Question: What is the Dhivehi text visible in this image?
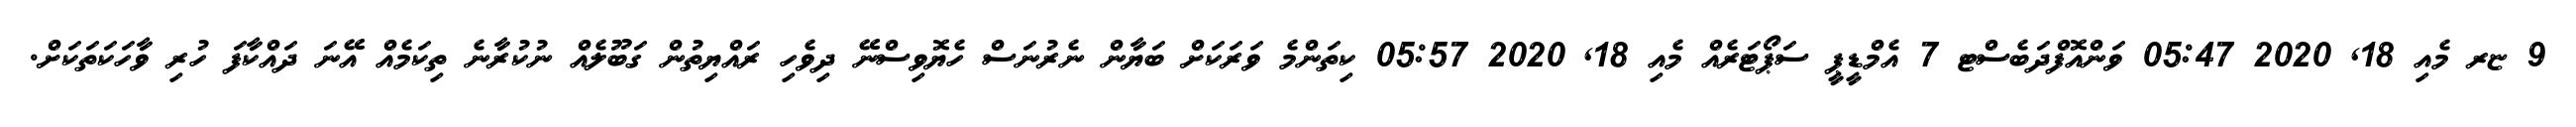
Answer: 9 ޏރ މެއި 18, 2020 05:47 ވަންއޮފްދަބެސްޓ 7 އެމްޑީޕީ ސަޕޯޓަރެއް މެއި 18, 2020 05:57 ކިތަންމެ ވަރަކަށް ބަޔާން ނެރުނަސް ހެޔޮވިސްނޭ ދިވެހި ރައްޔިތުން ގަބޫލެއް ނުކުރާނެ ތިކަމެއް އޭނަ ދައްކާފަ ހުރި ވާހަކަތަކަށް.